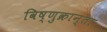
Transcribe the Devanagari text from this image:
विष्णुक्रान्ता